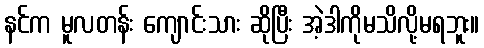
နင်က မူလတန်း ကျောင်းသား ဆိုပြီး အဲ့ဒါကိုမသိလို့မရဘူး။